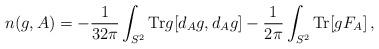
LaTeX: \begin{align*} n(g,A) = -\frac{1}{32\pi}\int_{S^{2}} {\rm Tr}g [d_{A}g,d_{A} g] - \frac{1}{2\pi}\int_{S^{2}} {\rm Tr}[ gF_{A}] \, , \end{align*}